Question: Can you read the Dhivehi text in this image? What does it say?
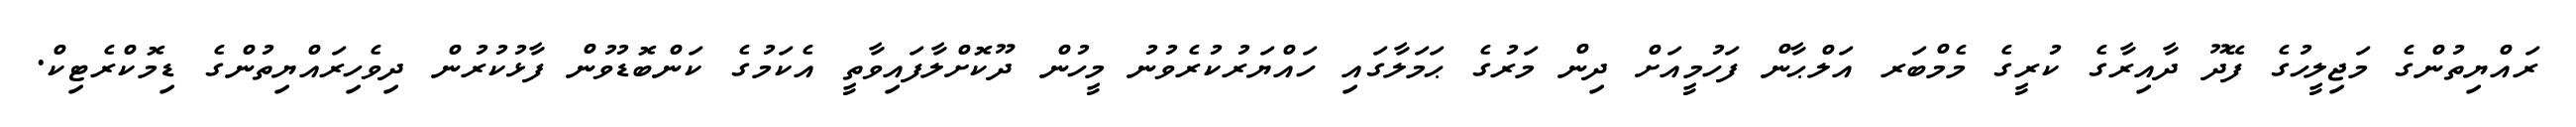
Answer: ރައްޔިތުންގެ މަޖިލީހުގެ ފޭދޫ ދާއިރާގެ ކުރީގެ މެމްބަރ އަލްޙާން ފަހުމީއަށް ދިން މަރުގެ ޙަމަލާގައި ހައްޔަރުކުރެވުނު މީހުން ދޫކޮށްލާފައިވާތީ އެކަމުގެ ކަންބޮޑުވުން ފާޅުކުރުން ދިވެހިރައްޔިތުންގެ ޑިމޮކްރެޓިކް.